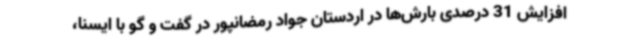
افزایش 31 درصدی بارش‌ها در اردستان جواد رمضانپور در گفت و گو با ایسنا،